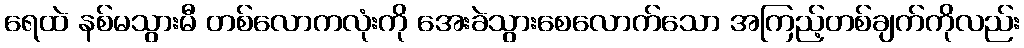
ရေထဲ နစ်မသွားမီ တစ်လောကလုံးကို အေးခဲသွားစေလောက်သော အကြည့်တစ်ချက်ကိုလည်း